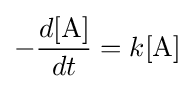
-{\frac {d[{\ce {A}}]}{dt}}=k[{\ce {A}}]